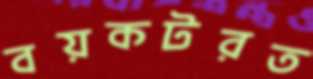
বয়কটরত